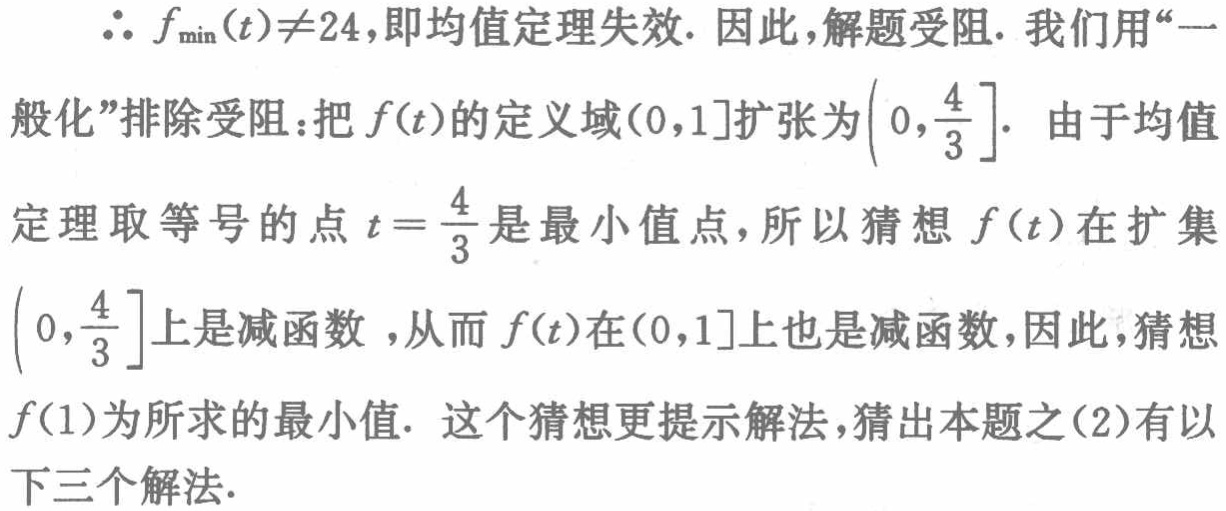
$\therefore f_{\min}(t)\neq24$，即均值定理失效. 因此，解题受阻. 我们用“一般化”排除受阻：把$f(t)$的定义域$(0,1]$扩张为$\left(0,\frac{4}{3}\right]$. 由于均值定理取等号的点$t = \frac{4}{3}$是最小值点，所以猜想$f(t)$在扩集$\left(0,\frac{4}{3}\right]$上是减函数 ，从而$f(t)$在$(0,1]$上也是减函数，因此，猜想$f(1)$为所求的最小值. 这个猜想更提示解法，猜出本题之(2)有以下三个解法.